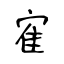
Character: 寉